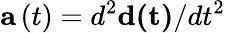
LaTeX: \mathbf{a}\left(t\right)=d^{2}\mathbf{d(t)}/dt^{2}